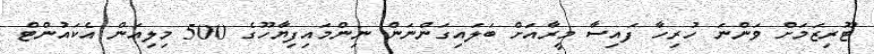
ޓޫރިޒަމަށް ވަންނަ ހުރިހާ ފައިސާ މީރާއަށް ބަލައިގަންނަން ނިންމައިފިޔާހޫގެ 500 މިލިއަން އެކައުންޓް